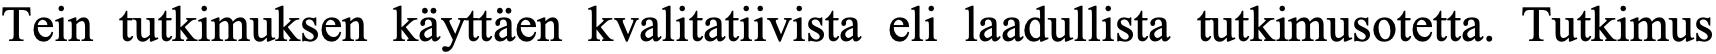
Tein tutkimuksen käyttäen kvalitatiivista eli laadullista tutkimusotetta. Tutkimus